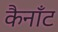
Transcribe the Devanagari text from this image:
कैनाँट